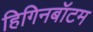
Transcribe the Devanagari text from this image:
हिगिनबॉटम